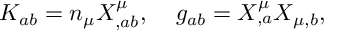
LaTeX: K _ { a b } = n _ { \mu } X _ { , a b } ^ { \mu } , \; \; \; \; g _ { a b } = X _ { , a } ^ { \mu } X _ { \mu , b } ,